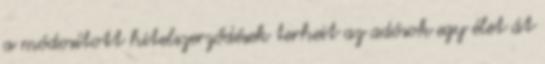
a módosított hitelszerződések terheit az adósok egy élet át